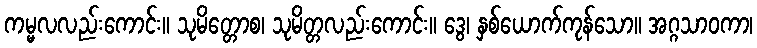
ကမ္မလလည်းကောင်း။ သုမိတ္တောစ၊ သုမိတ္တလည်းကောင်း။ ဒွေ၊ နှစ်ယောက်ကုန်သော။ အဂ္ဂသာဝကာ၊